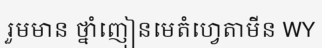
រួមមាន ថ្នាំញៀនមេតំហ្វេតាមីន WY